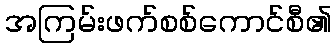
အကြမ်းဖက်စစ်ကောင်စီ၏